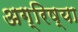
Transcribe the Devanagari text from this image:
अग्रिष्या